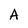
Character: A